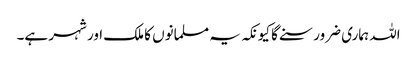
اللہ ہماری ضرور سنے گا کیونکہ یہ مسلمانوں کا ملک اور شہر ہے۔